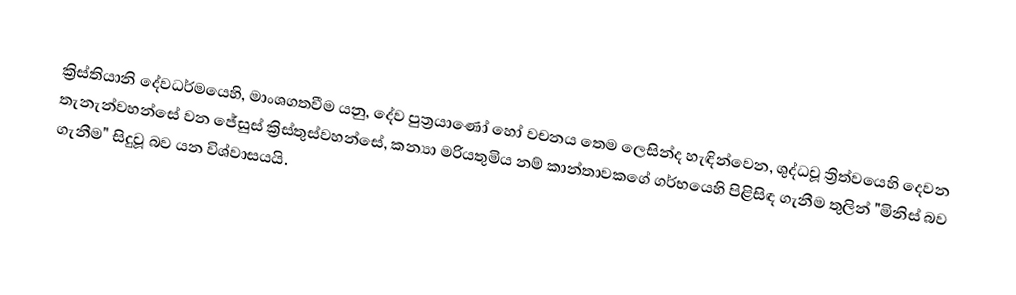
ක්‍රිස්තියානි දේවධර්මයෙහි, මාංශගතවීම යනු, දේව පුත්‍රයාණෝ හෝ වචනය තෙම ලෙසින්ද හැඳින්වෙන, ශුද්ධවූ ත්‍රිත්වයෙහි දෙවන තැනැන්වහන්සේ වන ජේසුස් ක්‍රිස්තුස්වහන්සේ, කන්‍යා මරියතුමිය නම් කාන්තාවකගේ ගර්භයෙහි පිළිසිඳ ගැනීම තුලින් "මිනිස් බව ගැනීම" සිදුවූ බව යන විශ්වාසයයි.